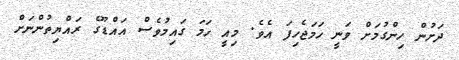
ދަށުން ހިންގުމަށް ވަނީ ހަމަޖެހިފަ އެވެ. މިއީ ހަމަ ގައިމުވެސް އައްޑޫގެ ރައްޔިތުންނަށް